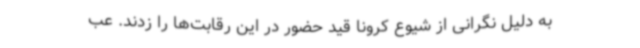
به دلیل نگرانی از شیوع کرونا قید حضور در این رقابت‌ها را زدند. عب